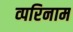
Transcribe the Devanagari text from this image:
व्परिनाम